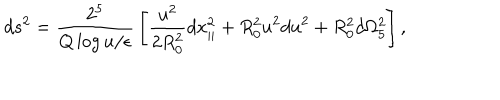
LaTeX: d s ^ { 2 } = { \frac { 2 ^ { 5 } } { Q \log { u / \epsilon } } } \left[ { \frac { u ^ { 2 } } { 2 R _ { 0 } ^ { 2 } } } d x _ { | | } ^ { 2 } + R _ { 0 } ^ { 2 } u ^ { 2 } d u ^ { 2 } + R _ { 0 } ^ { 2 } d \Omega _ { 5 } ^ { 2 } \right] ,